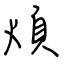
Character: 煩